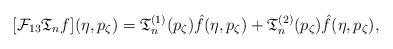
LaTeX: \begin{align*} [\mathcal{F}_{13} \mathfrak{T}_n f] (\eta, p_\zeta) = \mathfrak{T}^{(1)}_n (p_\zeta) \hat f (\eta, p_\zeta) + \mathfrak{T}^{(2)}_n (p_\zeta) \hat f (\eta, p_\zeta) , \end{align*}